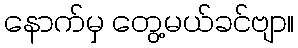
နောက်မှ တွေ့မယ်ခင်ဗျာ။